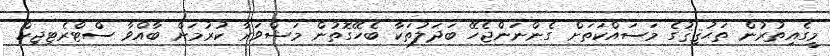
މީގެއިތުރުން ތަޙުޤިޤުގެ މަސައްކަތަށް ގެންނަންޖެހޭ ބަދަލުތަކާ ބެހޭގޮތުން މަޝްވަރާ ކުރުމަށް ބާއްވާ ސްޓްރެޓިޖިކް